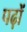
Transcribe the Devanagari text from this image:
पढ़ों